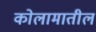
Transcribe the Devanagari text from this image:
कोलामातील